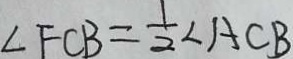
\angle F C B = \frac { 1 } { 2 } \angle A C B